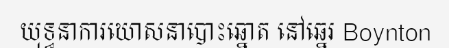
យុទ្ធនាការឃោសនាបោះឆ្នោត នៅឆ្នេរ Boynton